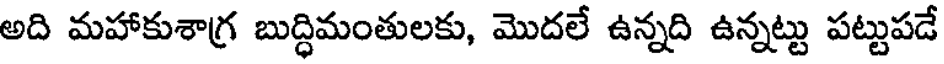
అది మహాకుశాగ్ర బుద్ధిమంతులకు, మొదలే ఉన్నది ఉన్నట్టు పట్టుపడే